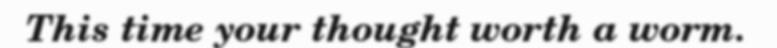
This time your thought worth a worm.